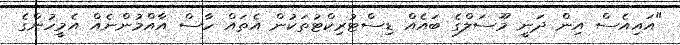
"އައިއެސް އިން ދަނީ މޫސަލްގެ ބައެއް ޑިސްޓުރިކްޓުތަކުން އެތައް ހާސް އާއްމުންނެއް އެމީހުންގެ